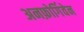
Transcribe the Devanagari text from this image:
अनफ़ोर्गिवेन